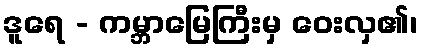
ဒူရေ - ကမ္ဘာမြေကြီးမှ ဝေးလှ၏၊